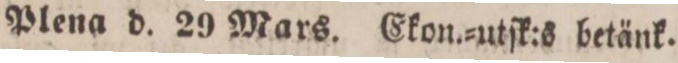
Plena d. 29 Mars. Ekon.-utſk:s betänk.